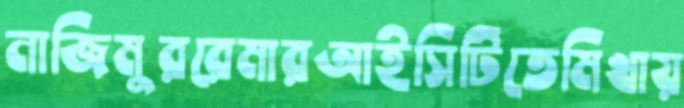
নাজিমুররেমারআইসিটিতেমিখায়